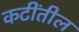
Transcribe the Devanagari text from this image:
कटींतील